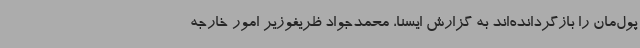
پول‌مان را بازگردانده‌اند به گزارش ایسنا، محمدجواد ظریفوزیر امور خارجه